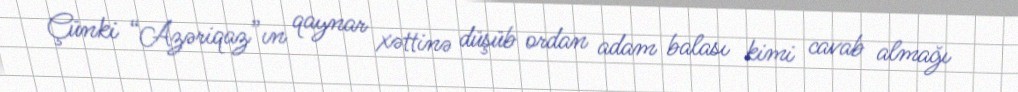
Çünki “Azəriqaz”ın qaynar xəttinə düşüb ordan adam balası kimi cavab almağı